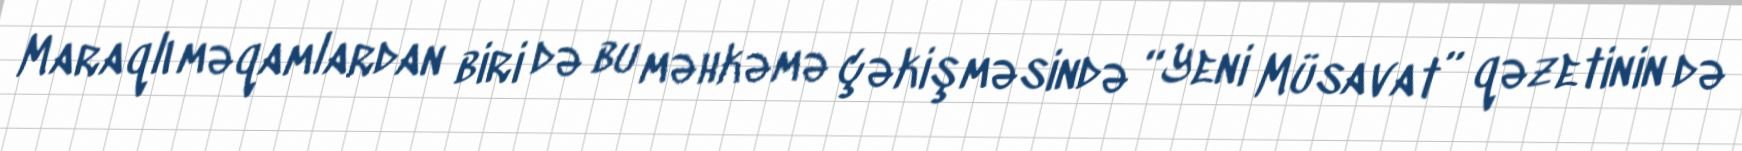
Maraqlı məqamlardan biri də bu məhkəmə çəkişməsində “Yeni Müsavat” qəzetinin də